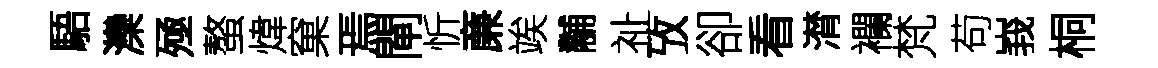
䮏灤殛螯煒窠焉閘忻亷竢黼祉攷卻看潸襴梵苟峩桐